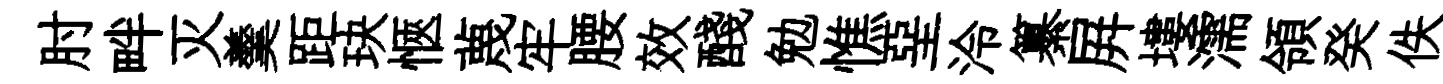
肘畔灭羹距玦愜蔑牢腰效醆勉憔堊泠纂屛塿濡領癸佚